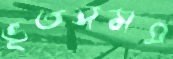
ভূতসমগ্র